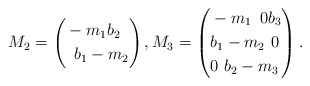
\begin{align*}M_2=\left(\begin{aligned}& -m_1 b_2 \\& \,\,\, b_1 -m_2\end{aligned}\right),M_3=\left(\begin{aligned}& -m_1 \,\,\, 0 b_3 \\& b_1 -m_2 \,\, 0 \\& 0 \,\, b_2 -m_3\end{aligned}\right).\end{align*}